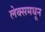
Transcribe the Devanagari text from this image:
लेक्समधून